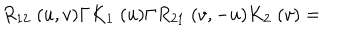
LaTeX: R _ { 1 2 } \; ( u , v ) \Gamma K _ { 1 } \; ( u ) \Gamma R _ { 2 1 } \; ( v , - u ) K _ { 2 } \; ( v ) =